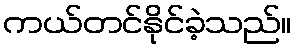
ကယ်တင်နိုင်ခဲ့သည်။